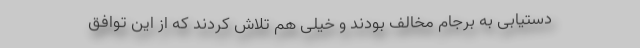
دستیابی به برجام مخالف بودند و خیلی هم تلاش کردند که از این توافق